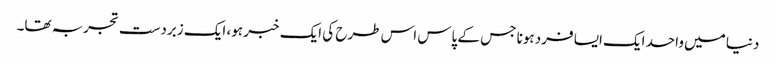
دنیا میں واحد ایک ایسا فرد ہونا جس کے پاس اس طرح کی ایک خبر ہو، ایک زبردست تجربہ تھا۔